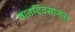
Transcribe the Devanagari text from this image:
वाढदिवसानंतर